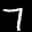
Label: 7